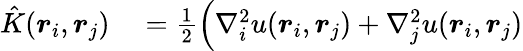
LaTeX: \begin{array}{rl}{\hat{K}(\boldsymbol{r}_{i},\boldsymbol{r}_{j})}&{{}=\frac{1}{2}\Big(\nabla_{i}^{2}u(\boldsymbol{r}_{i},\boldsymbol{r}_{j})+\nabla_{j}^{2}u(\boldsymbol{r}_{i},\boldsymbol{r}_{j})}\end{array}